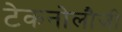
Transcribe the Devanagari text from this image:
टेकनोलौजी